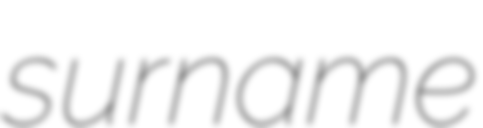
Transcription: surname